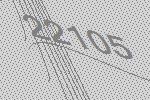
22105